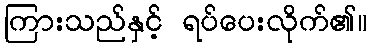
ကြားသည်နှင့် ရပ်ပေးလိုက်၏။